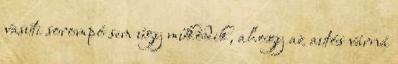
vasúti sorompó sem úgy működik, ahogy az autós várná